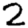
Digit: 2